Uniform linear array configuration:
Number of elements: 32
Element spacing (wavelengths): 0.5
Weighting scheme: kaiser
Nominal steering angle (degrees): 45
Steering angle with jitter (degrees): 46.669
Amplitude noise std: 0.05
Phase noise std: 0.05

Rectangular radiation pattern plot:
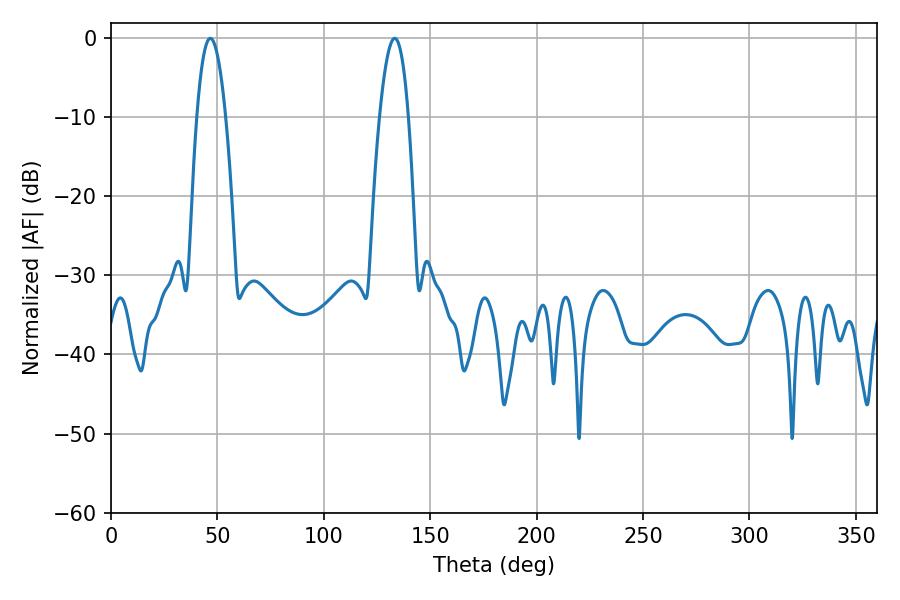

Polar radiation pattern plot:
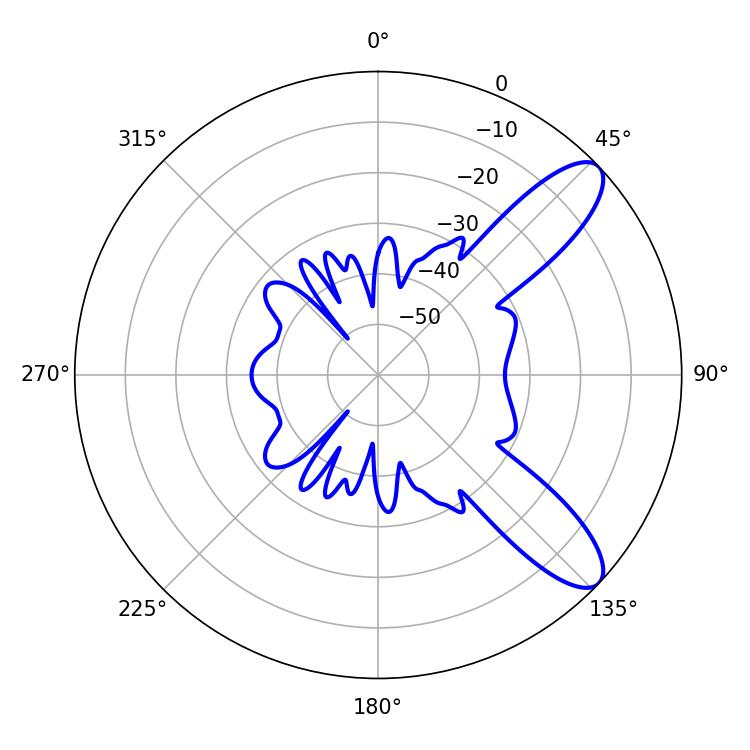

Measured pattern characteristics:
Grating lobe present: FALSE
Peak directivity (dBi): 9.895
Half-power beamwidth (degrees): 7.56
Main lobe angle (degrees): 46.62